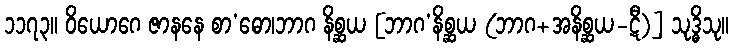
၁၁၇၃။ ဝိယောဂေ ဇာနနေ စာ’ဓော၊ဘာဂ နိစ္ဆယ [ဘာဂ’နိစ္ဆယ (ဘာဂ+အနိစ္ဆယ-ဋီ)] သုဒ္ဓိသု။